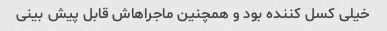
خیلی کسل کننده بود و همچنین ماجراهاش قابل پیش بینی